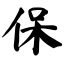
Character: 保